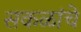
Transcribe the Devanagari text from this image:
सकळांचे